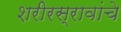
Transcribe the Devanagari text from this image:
शरीरस्रावांचे